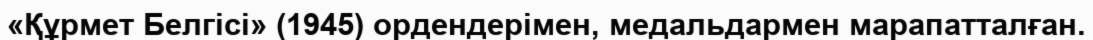
«Құрмет Белгісі» (1945) ордендерімен, медальдармен марапатталған.